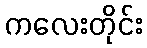
ကလေးတိုင်း